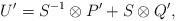
\begin{align*}U' = S^{-1}\otimes P' + S\otimes Q',\end{align*}